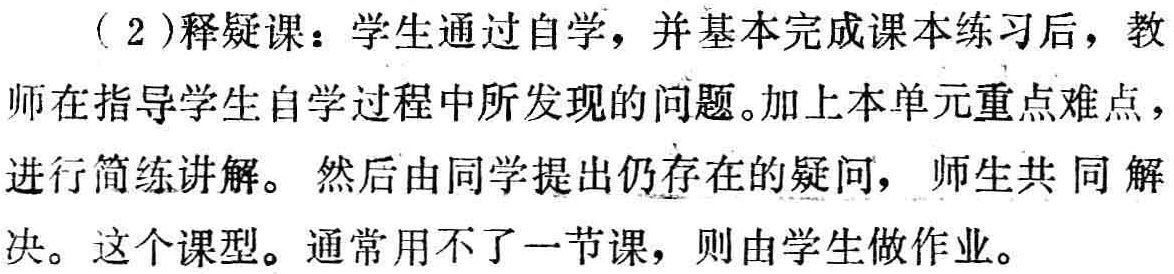
（2）释疑课：学生通过自学，并基本完成课本练习后，教师在指导学生自学过程中所发现的问题。加上本单元重点难点，进行简练讲解。然后由同学提出仍存在的疑问，师生共同解决。这个课型。通常用不了一节课，则由学生做作业。